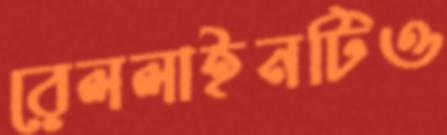
রেললাইনটিও